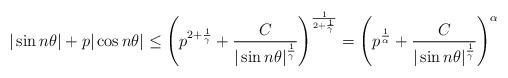
LaTeX: \begin{align*}|\sin n\theta| + p|\cos n\theta| \leq \left(p^{2+\frac{1}{\gamma}} + \frac{C}{|\sin n\theta|^{\frac{1}{\gamma}}}\right)^{\frac{1}{2+\frac{1}{\gamma}}}= \left(p^{\frac{1}{\alpha}} + \frac{C}{|\sin n\theta|^{\frac{1}{\gamma}}}\right)^\alpha \end{align*}